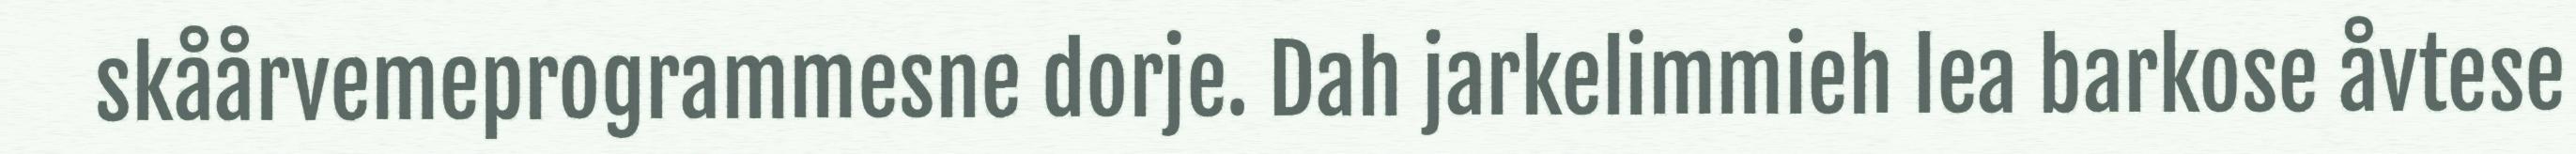
skåårvemeprogrammesne dorje. Dah jarkelimmieh lea barkose åvtese